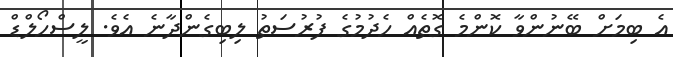
އެ ބިމަށް ބޭނުންވާ ކޮންމެ ގޮތެއް ހެދުމުގެ ފުރުސަތު ލިބިގެންދާނެ އެވެ. ލީސްހޯލްޑް